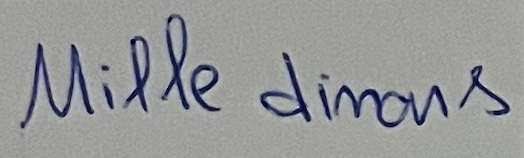
Mille dinars